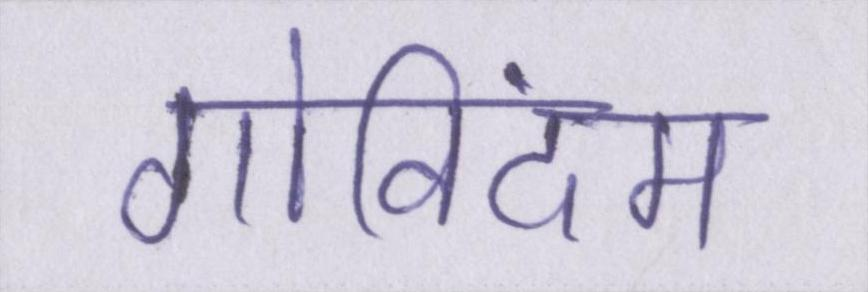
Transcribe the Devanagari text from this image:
गोविंदम